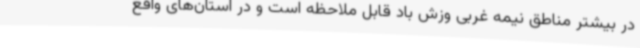
در بیشتر مناطق نیمه غربی وزش باد قابل ملاحظه است و در استان‌های واقع